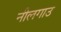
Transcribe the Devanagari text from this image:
नीलगाउ